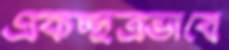
একচ্ছত্রভাবে